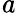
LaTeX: \mathit{a}